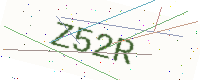
Text: Z52R